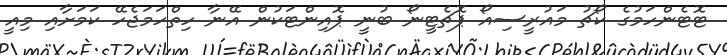
ޓޮޓެންހަމުގެ ކޯޗު މައުރީސިއޯ ޕޮޗެޓީނޯ ބުނީ ޕޮއިންޓަކުން އޭނާ ހިތްހަމަޖެހޭ ކަމަށާއި މިއީ